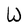
Character: W